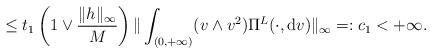
LaTeX: \begin{align*}&\le t_{1}\left(1\vee\frac{\|h\|_{\infty}}{M}\right)\|\int_{(0,+\infty)}(v\wedge v^{2})\Pi^{L}(\cdot,{\rm d}v)\|_{\infty}=:c_{1}<+\infty.\end{align*}